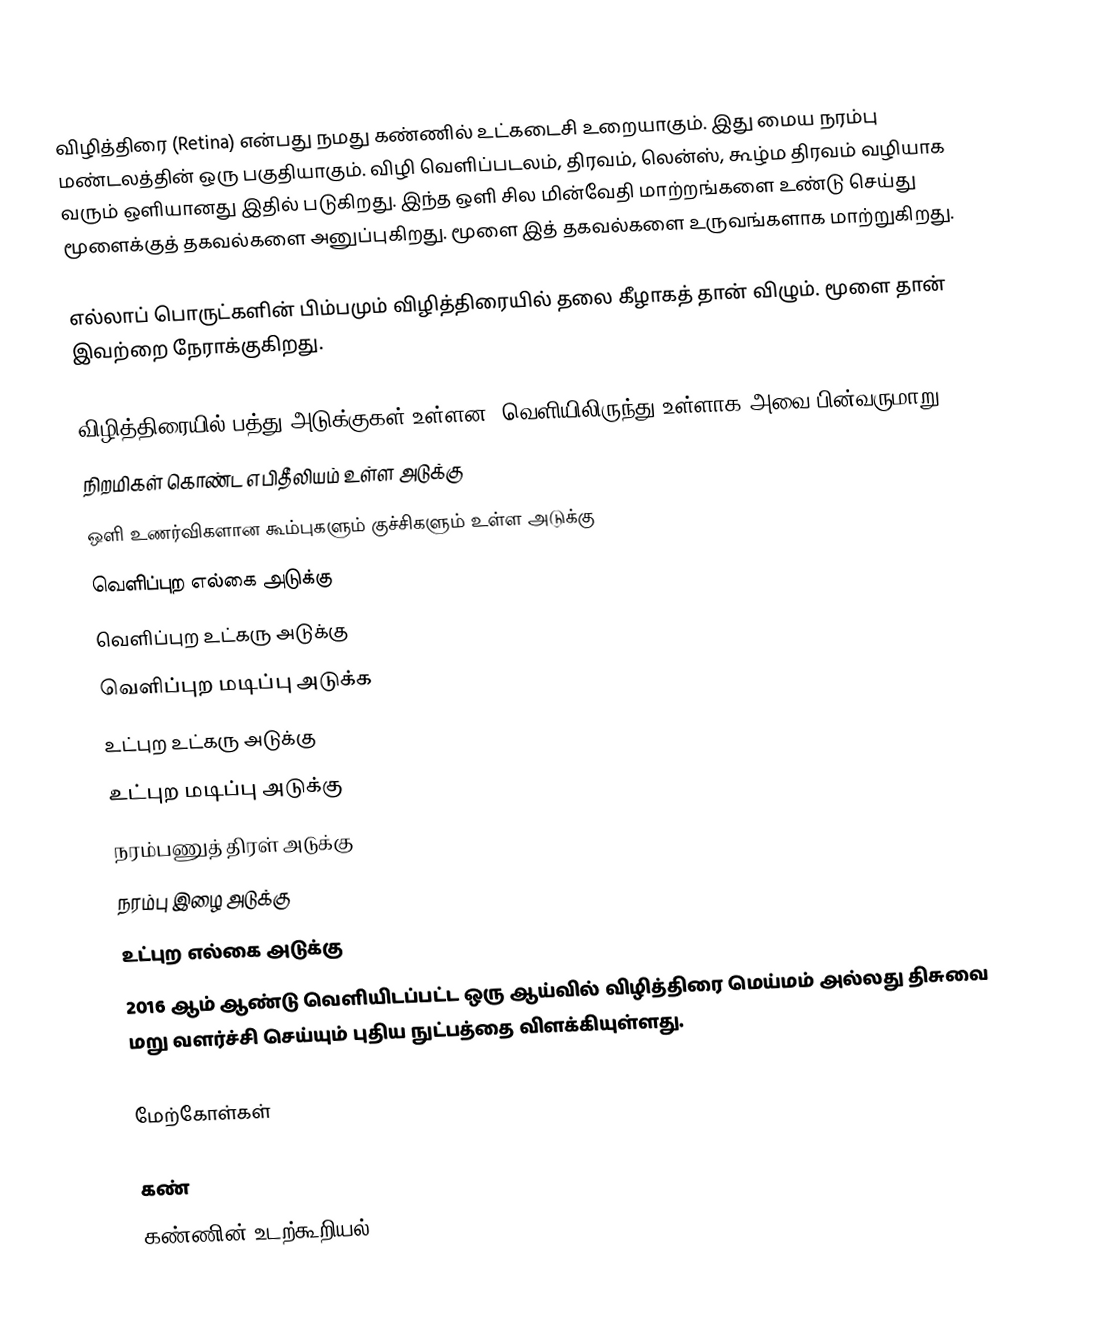
விழித்திரை (Retina) என்பது நமது கண்ணில் உட்கடைசி உறையாகும். இது மைய நரம்பு மண்டலத்தின் ஒரு பகுதியாகும். விழி வெளிப்படலம், திரவம், லென்ஸ், கூழ்ம திரவம் வழியாக வரும் ஒளியானது இதில் படுகிறது. இந்த ஒளி சில மின்வேதி மாற்றங்களை உண்டு செய்து மூளைக்குத் தகவல்களை அனுப்புகிறது. மூளை இத் தகவல்களை உருவங்களாக மாற்றுகிறது.

எல்லாப் பொருட்களின் பிம்பமும் விழித்திரையில் தலை கீழாகத் தான் விழும். மூளை தான் இவற்றை நேராக்குகிறது.

விழித்திரையில் பத்து அடுக்குகள் உள்ளன. வெளியிலிருந்து உள்ளாக அவை பின்வருமாறு,
 நிறமிகள் கொண்ட எபிதீலியம் உள்ள அடுக்கு
 ஒளி உணர்விகளான கூம்புகளும் குச்சிகளும் உள்ள அடுக்கு
 வெளிப்புற எல்கை அடுக்கு
 வெளிப்புற உட்கரு அடுக்கு
 வெளிப்புற மடிப்பு அடுக்க
 உட்புற உட்கரு அடுக்கு
 உட்புற மடிப்பு அடுக்கு
 நரம்பணுத் திரள் அடுக்கு
 நரம்பு இழை அடுக்கு
 உட்புற எல்கை அடுக்கு
2016 ஆம் ஆண்டு வெளியிடப்பட்ட ஒரு ஆய்வில் விழித்திரை மெய்மம் அல்லது திசுவை மறு வளர்ச்சி செய்யும் புதிய நுட்பத்தை விளக்கியுள்ளது.

மேற்கோள்கள்

கண்
கண்ணின் உடற்கூறியல்